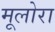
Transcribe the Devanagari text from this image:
मूलोरा